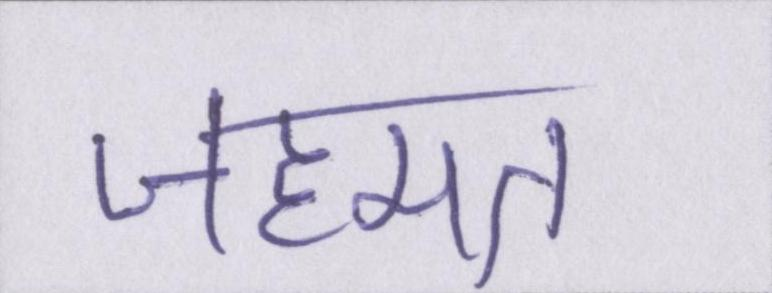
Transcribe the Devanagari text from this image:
जहमत